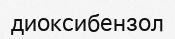
диоксибензол